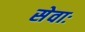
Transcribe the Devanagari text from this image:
सेवाः